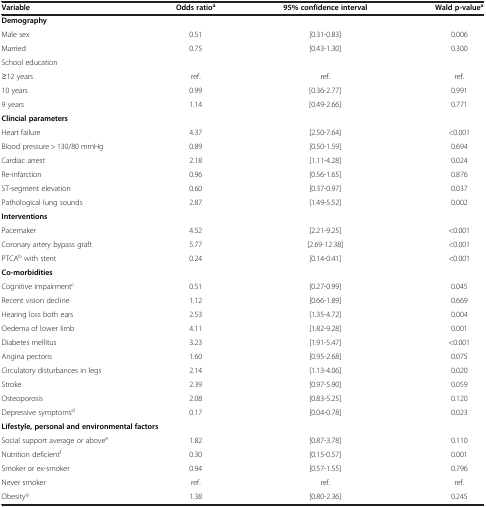
<table><thead><tr><td><b>Variable</b></td><td><b>Odds ratio<sup>a</sup></b></td><td><b>95% confidence interval</b></td><td><b>Wald p-value<sup>a</sup></b></td></tr></thead><tbody><tr><td><b>Demography</b></td><td> </td><td> </td><td> </td></tr><tr><td>Male sex</td><td>0.51</td><td>[0.31-0.83]</td><td>0.006</td></tr><tr><td>Married</td><td>0.75</td><td>[0.43-1.30]</td><td>0.300</td></tr><tr><td>School education</td><td> </td><td> </td><td> </td></tr><tr><td>≥12 years</td><td>ref.</td><td>ref.</td><td>ref.</td></tr><tr><td>10 years</td><td>0.99</td><td>[0.36-2.77]</td><td>0.991</td></tr><tr><td>9 years</td><td>1.14</td><td>[0.49-2.66]</td><td>0.771</td></tr><tr><td><b>Clincial parameters</b></td><td> </td><td> </td><td> </td></tr><tr><td>Heart failure</td><td>4.37</td><td>[2.50-7.64]</td><td>&lt;0.001</td></tr><tr><td>Blood pressure &gt; 130/80 mmHg</td><td>0.89</td><td>[0.50-1.59]</td><td>0.694</td></tr><tr><td>Cardiac arrest</td><td>2.18</td><td>[1.11-4.28]</td><td>0.024</td></tr><tr><td>Re-infarction</td><td>0.96</td><td>[0.56-1.65]</td><td>0.876</td></tr><tr><td>ST-segment elevation</td><td>0.60</td><td>[0.37-0.97]</td><td>0.037</td></tr><tr><td>Pathological lung sounds</td><td>2.87</td><td>[1.49-5.52]</td><td>0.002</td></tr><tr><td><b>Interventions</b></td><td> </td><td> </td><td> </td></tr><tr><td>Pacemaker</td><td>4.52</td><td>[2.21-9.25]</td><td>&lt;0.001</td></tr><tr><td>Coronary artery bypass graft</td><td>5.77</td><td>[2.69-12.38]</td><td>&lt;0.001</td></tr><tr><td>PTCA<sup>b</sup> with stent</td><td>0.24</td><td>[0.14-0.41]</td><td>&lt;0.001</td></tr><tr><td><b>Co-morbidities</b></td><td> </td><td> </td><td> </td></tr><tr><td>Cognitive impairment<sup>c</sup></td><td>0.51</td><td>[0.27-0.99]</td><td>0.045</td></tr><tr><td>Recent vision decline</td><td>1.12</td><td>[0.66-1.89]</td><td>0.669</td></tr><tr><td>Hearing loss both ears</td><td>2.53</td><td>[1.35-4.72]</td><td>0.004</td></tr><tr><td>Oedema of lower limb</td><td>4.11</td><td>[1.82-9.28]</td><td>0.001</td></tr><tr><td>Diabetes mellitus</td><td>3.23</td><td>[1.91-5.47]</td><td>&lt;0.001</td></tr><tr><td>Angina pectoris</td><td>1.60</td><td>[0.95-2.68]</td><td>0.075</td></tr><tr><td>Circulatory disturbances in legs</td><td>2.14</td><td>[1.13-4.06]</td><td>0.020</td></tr><tr><td>Stroke</td><td>2.39</td><td>[0.97-5.90]</td><td>0.059</td></tr><tr><td>Osteoporosis</td><td>2.08</td><td>[0.83-5.25]</td><td>0.120</td></tr><tr><td>Depressive symptoms<sup>d</sup></td><td>0.17</td><td>[0.04-0.78]</td><td>0.023</td></tr><tr><td colspan="3"><b>Lifestyle, personal and environmental factors</b></td><td> </td></tr><tr><td>Social support average or above<sup>e</sup></td><td>1.82</td><td>[0.87-3.78]</td><td>0.110</td></tr><tr><td>Nutrition deficient<sup>f</sup></td><td>0.30</td><td>[0.15-0.57]</td><td>0.001</td></tr><tr><td>Smoker or ex-smoker</td><td>0.94</td><td>[0.57-1.55]</td><td>0.796</td></tr><tr><td>Never smoker</td><td>ref.</td><td>ref.</td><td>ref.</td></tr><tr><td>Obesity<sup>g</sup></td><td>1.38</td><td>[0.80-2.36]</td><td>0.245</td></tr></tbody></table>